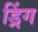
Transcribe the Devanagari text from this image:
ड्रिंग